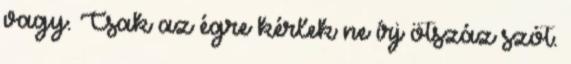
vagy. Csak az égre kérlek ne írj ötszáz szót.